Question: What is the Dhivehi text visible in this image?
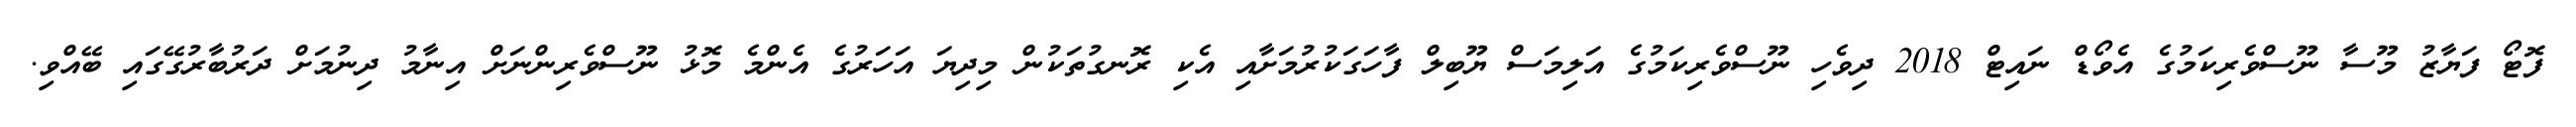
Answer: ފޮޓޯ ފަޔާޒު މޫސާ ނޫސްވެރިކަމުގެ އެވޯޑް ނައިޓް 2018 ދިވެހި ނޫސްވެރިކަމުގެ އަލިމަސް ޔޫބިލް ފާހަގަކުރުމަށާއި އެކި ރޮނގުތަކުން މިދިޔަ އަހަރުގެ އެންމެ މޮޅު ނޫސްވެރިންނަށް އިނާމު ދިނުމަށް ދަރުބާރުގޭގައި ބޭއްވި.